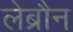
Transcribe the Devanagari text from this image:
लेब्रौन